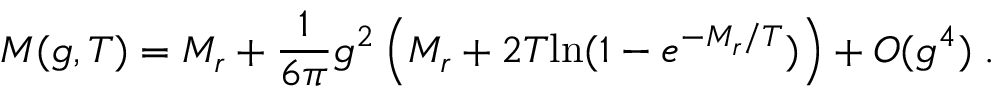
M ( g , T ) = M _ { r } + \frac { 1 } { 6 \pi } g ^ { 2 } \left( M _ { r } + 2 T \mathrm { l n } ( 1 - e ^ { - M _ { r } / T } ) \right) + { \cal O } ( g ^ { 4 } ) \; .